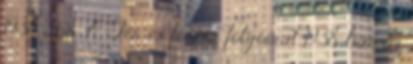
1938. ápr. A Tér és forma folyóirat 1938-ban az